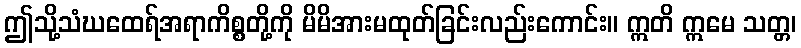
ဤသို့သံဃထေရ်အရာကိစ္စတို့ကို မိမိအားမထုတ်ခြင်းလည်းကောင်း။ ဣတိ ဣမေ သတ္တ၊